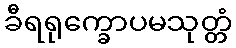
ခီရရုက္ခောပမသုတ္တံ